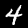
Digit: 4